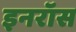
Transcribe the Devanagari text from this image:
इनरॉस